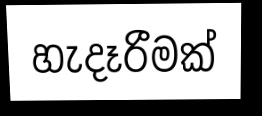
හැදෑරීමක්